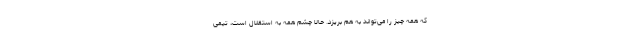
که همه چیز را می‌تواند به هم بریزد. حالا چشم همه به استقلال است، تیمی